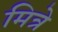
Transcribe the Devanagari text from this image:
मित्रे